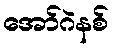
အော်ဂဲနစ်